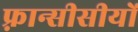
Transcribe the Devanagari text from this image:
फ़्रान्सीसीयों